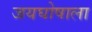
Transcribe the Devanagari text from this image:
जयघोषाला